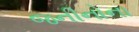
જનીનોના